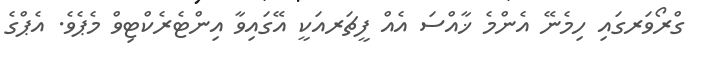
ގްރޯވަރގައި ހިމެނޭ އެންމެ ޚާއްސަ އެއް ފީޗަރއަކީ އޭގައިވާ އިންޓެރެކްޓިވް މެޕެވެ. އެޕްގެ